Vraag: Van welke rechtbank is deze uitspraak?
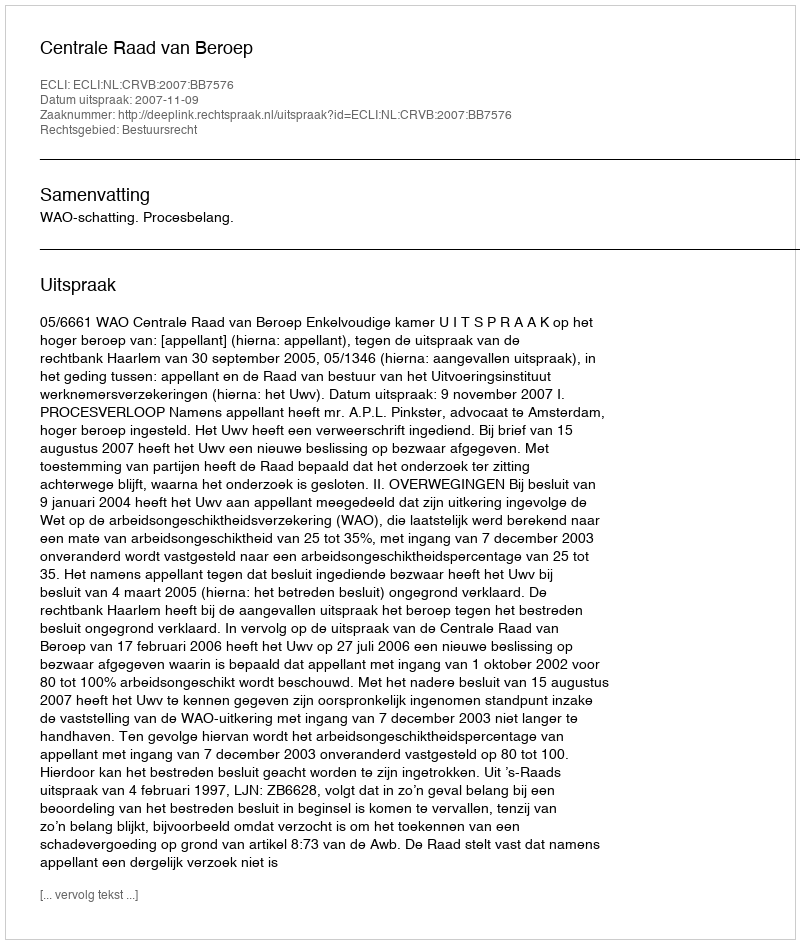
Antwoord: Centrale Raad van Beroep